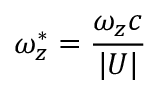
\omega _ { z } ^ { * } = \frac { \omega _ { z } c } { | \boldsymbol { U } | }